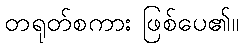
တရုတ်စကား ဖြစ်ပေ၏။